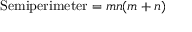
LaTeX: { \mathrm { S e m i p e r i m e t e r } } = m n ( m + n )